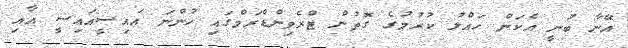
އޭނާ ބުނީ އެކަން ހައްލު ކުރުމުގެ ގޮތުން ޓްރެވިންޑްރަމްގައި ހުންނަ އައިސީއައިސީ އާއި